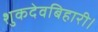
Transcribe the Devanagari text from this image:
शुकदेवबिहारी।